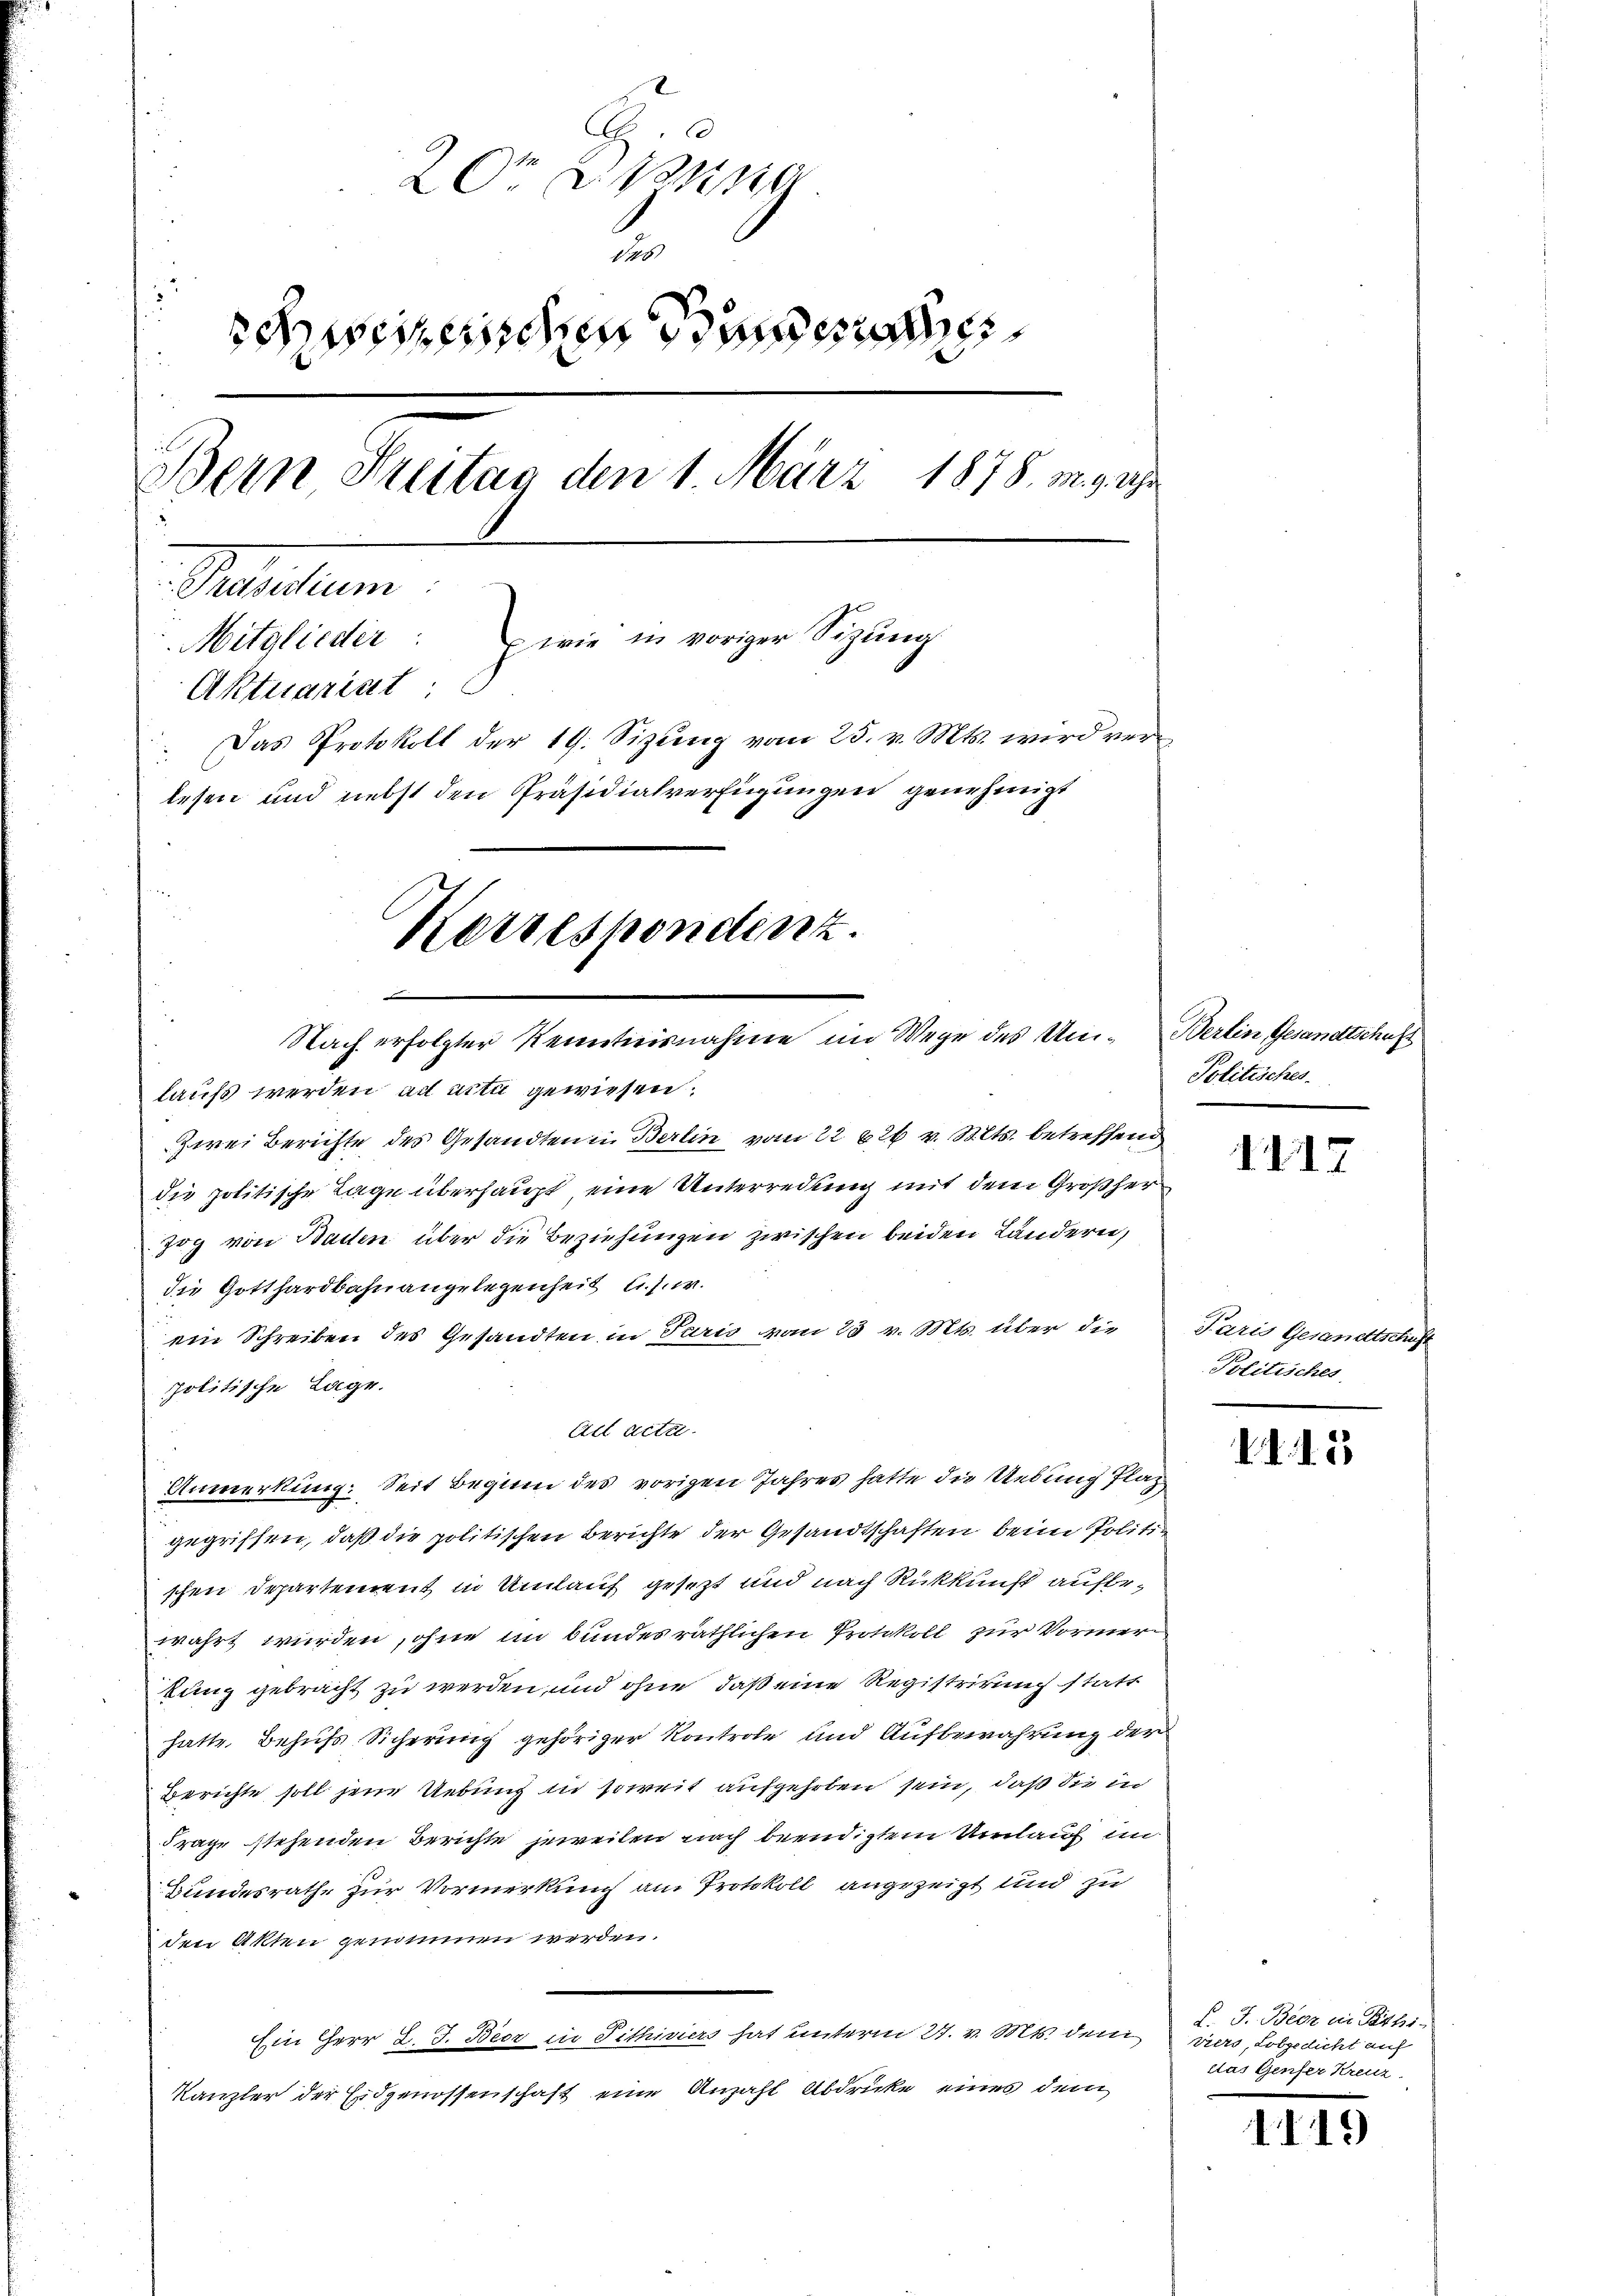
20ten eine
d. 6.
schweizerischen Bundern
Bern Freitag den 1. März 1878. 9. Uhr
Praditum
Mitglieder: wie in voriger Sitzŭng
Aktuariat
Das Protokoll der 19. Sizŭng vom 25. v. Mts. wird verlesen und nebst den Präsidialverfügungen genehmigt
Korrespondenz.
e
Nach erfolgter Kenntnisnahme im Wege des Un- Berlin, Gesandtschaft

lauf werden ad acta gewiesen.
Zwei Berichte des Gesandten in Berlin vom 22 826 v. Mts. betreffend
die politische Lage überhaupt eine Unterredung mit dem Großher
Zog von Baden über die Beziehungen zwischen beiden Ländern,
die Gotthardbahnangelegenheit Chur.
ein Schreiben des Gesandten in Paris vom 23. v. Mts. über die Paris Gesandtschaft
politische Lage.
All acta
Anmerkung: Seit Beginn des vorigen Jahres hatte die Uebung Plaz
gegriffen, daß die politischen Berichte der Gesandtschaften beim Politischen Departement in Umlauf gesezt und nach Rückkunft aufbewahrt wurden, ohne im bundesräthlichen Protokoll zur Vormerkung gebracht zu werden, und ohne daß eine Registrirung statt
hatte. Behufs Sicherung gehöriger Kontrole und Aufbewahrung der
Berichte soll jene Uebung in soweit aufgehoben sein, daß Sie in
Frage stehenden Berichte jeweilen nach beendigtem Umlauf im
Bundesrathe zur Vormerkung am Protokoll angezeigt und zu
den Akten genommen werden.
Ein Herr J. J. Beer in Tithiviers hat unterm 27. v. Mts. dem
Kanzler der Eidgenossenschaft eine Anzahl Abdrücke eines dem

Politisches.

1217

Politisches

I.d. 15

F. J. Beer die Bitts.
viets, Lobgedicht auf
das Genfer Kreuz

1119